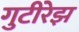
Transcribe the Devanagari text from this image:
गुटीरेझ